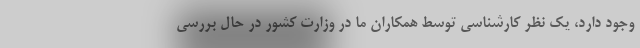
وجود دارد، یک نظر کارشناسی توسط همکاران ما در وزارت کشور در حال بررسی